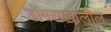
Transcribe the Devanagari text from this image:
डोंगराखालील